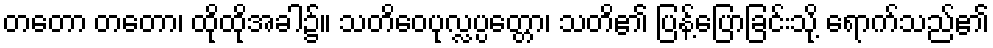
တတော တတော၊ ထိုထိုအခါ၌။ သတိဝေပုလ္လပ္ပတ္တော၊ သတိ၏ ပြန့်ပြောခြင်းသို့ ရောက်သည်၏